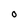
Character: o